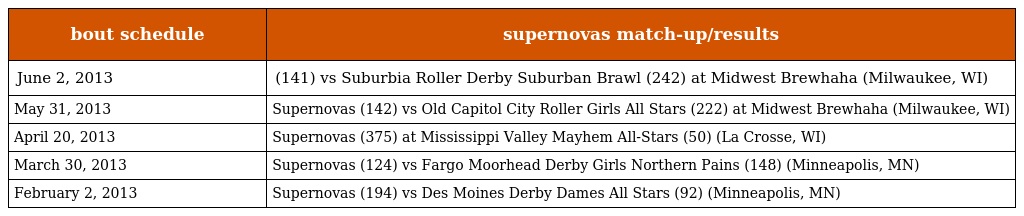
| bout schedule | supernovas match-up/results |
 | --- | --- |
 | June 2, 2013 | (141) vs Suburbia Roller Derby Suburban Brawl (242) at Midwest Brewhaha (Milwaukee, WI) |
 | May 31, 2013 | Supernovas (142) vs Old Capitol City Roller Girls All Stars (222) at Midwest Brewhaha (Milwaukee, WI) |
 | April 20, 2013 | Supernovas (375) at Mississippi Valley Mayhem All-Stars (50) (La Crosse, WI) |
 | March 30, 2013 | Supernovas (124) vs Fargo Moorhead Derby Girls Northern Pains (148) (Minneapolis, MN) |
 | February 2, 2013 | Supernovas (194) vs Des Moines Derby Dames All Stars (92) (Minneapolis, MN) |